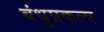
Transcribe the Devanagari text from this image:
बंधुप्रकल्प